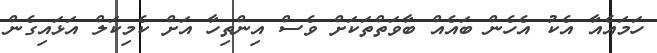
ހަމައެއާ އެކު އެހެން ބައެއް ބާވަތްތަކަށް ވެސް އިންތިހާ އަށް ކެމިކަލް އަޅައިގެން